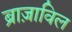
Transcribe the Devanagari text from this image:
ब्राज़ाविल